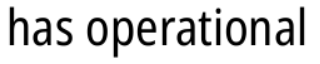
has operational